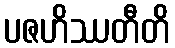
ပဇဟိဿတီတိ